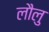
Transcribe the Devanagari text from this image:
लौलु